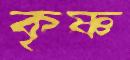
কৃষ্ণ